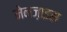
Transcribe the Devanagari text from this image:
मेनज़ाइस